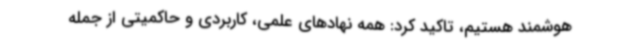
هوشمند هستیم، تاکید کرد: همه نهادهای علمی، کاربردی و حاکمیتی از جمله